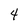
Character: 4